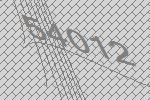
54012